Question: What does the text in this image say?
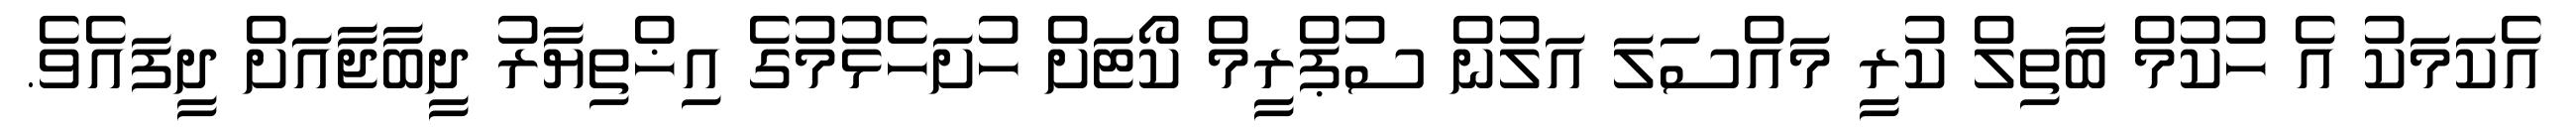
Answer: އެކަމަކު އެ ހުކުމް ބާތިލް ކުރީ މައްސަލަ އަލުން ސުޕްރީމް ކޯޓަށް ހުށަހެޅުމުގެ އިޚްތިޔާރު ދީބާޖާއަށް ދީފައެވެ.